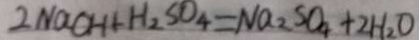
2 N a O H + H _ { 2 } S O _ { 4 } = N a _ { 2 } S O _ { 4 } + 2 H _ { 2 } O